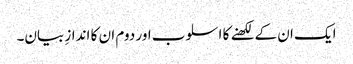
ایک ان کے لکھنے کا اسلوب اور دوم ان کا اندازِ بیان۔